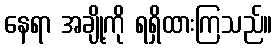
နေရာ အချို့ကို ရရှိထားကြသည်။